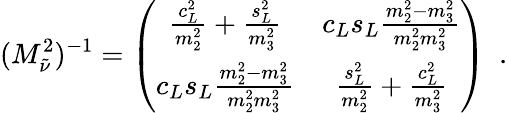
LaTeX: (M_{\tilde{\nu}}^{2})^{-1}=\left(\begin{array}{cc}{{\frac{c_{L}^{2}}{m_{2}^{2}}+\frac{s_{L}^{2}}{m_{3}^{2}}}}&{{c_{L}s_{L}\frac{m_{2}^{2}-m_{3}^{2}}{m_{2}^{2}m_{3}^{2}}}}\\ {{c_{L}s_{L}\frac{m_{2}^{2}-m_{3}^{2}}{m_{2}^{2}m_{3}^{2}}}}&{{\frac{s_{L}^{2}}{m_{2}^{2}}+\frac{c_{L}^{2}}{m_{3}^{2}}}}\end{array}\right)\ \ .